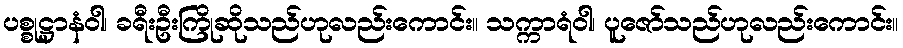
ပစ္စုဋ္ဌာနံဝါ၊ ခရီးဦးကြိုဆိုသည်ဟုလည်းကောင်း။ သက္ကာရံဝါ၊ ပူဇော်သည်ဟုလည်းကောင်း။